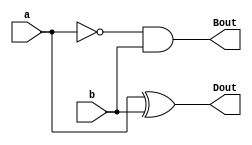
module HalfSubstractor(Dout,Bout,a,b);
  input a,b;
  output Dout,Bout;
  wire Ain;
  
  xor x1(Dout,a,b);
  not n1(Ain,a);
  and a1(Bout,Ain,b);
  
  
endmodule